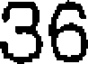
36